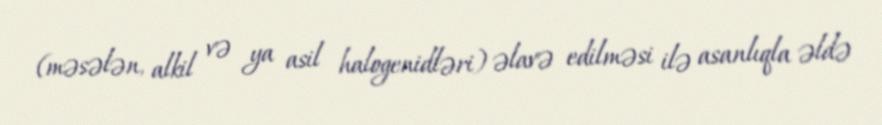
(məsələn, alkil və ya asil halogenidləri) əlavə edilməsi ilə asanlıqla əldə